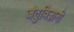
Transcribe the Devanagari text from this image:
जंतुविज्ञानी